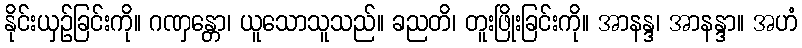
နိုင်းယှဉ်ခြင်းကို။ ဂဏှန္တော၊ ယူသောသူသည်။ ခညတိ၊ တူးဖြိုးခြင်းကို။ အာနန္ဒ၊ အာနန္ဒာ။ အဟံ